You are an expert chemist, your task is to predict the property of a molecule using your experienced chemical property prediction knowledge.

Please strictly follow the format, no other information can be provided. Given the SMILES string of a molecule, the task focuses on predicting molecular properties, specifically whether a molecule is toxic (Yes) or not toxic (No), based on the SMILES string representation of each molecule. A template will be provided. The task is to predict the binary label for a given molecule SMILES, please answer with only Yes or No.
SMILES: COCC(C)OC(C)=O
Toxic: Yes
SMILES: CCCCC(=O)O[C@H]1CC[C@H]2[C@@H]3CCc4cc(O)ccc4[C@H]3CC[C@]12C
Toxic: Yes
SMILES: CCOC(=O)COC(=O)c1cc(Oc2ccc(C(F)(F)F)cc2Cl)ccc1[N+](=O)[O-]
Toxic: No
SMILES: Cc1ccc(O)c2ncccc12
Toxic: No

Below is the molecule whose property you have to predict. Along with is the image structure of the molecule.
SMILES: O=C(O)CCC/C=C\C[C@H]1[C@@H](O)C[C@@H](O)[C@@H]1/C=C/[C@@H](O)COc1cccc(C(F)(F)F)c1
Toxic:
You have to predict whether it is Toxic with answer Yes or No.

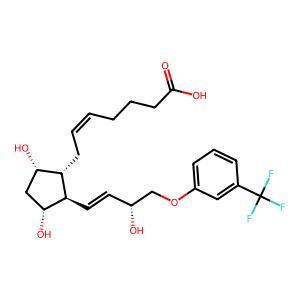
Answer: No